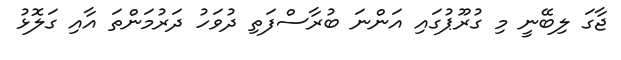
ޖާގަ ލިބޭނީ މި ގުރޫޕުގައި އަންނަ ބުރާސްފަތި ދުވަހު ދަރުމަންތަ އާއި ގަލޮޅު